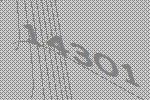
14301